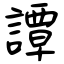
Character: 譚